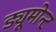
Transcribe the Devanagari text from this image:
ड्यूमोन्ट